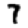
Digit: 7